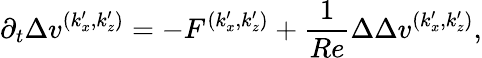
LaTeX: \partial_{t}\Delta v^{(k_{x}^{\prime},k_{z}^{\prime})}=-F^{(k_{x}^{\prime},k_{z}^{\prime})}+\frac{1}{Re}\Delta\Delta v^{(k_{x}^{\prime},k_{z}^{\prime})},